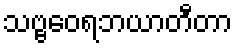
သဗ္ဗဝေရဘယာတီတာ